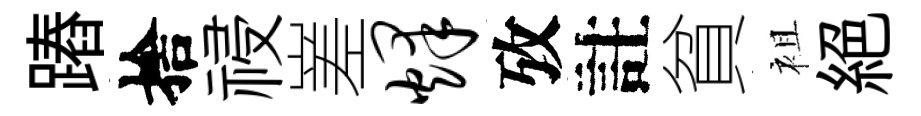
蹖捨祲嵳烽攷註貧袓絕